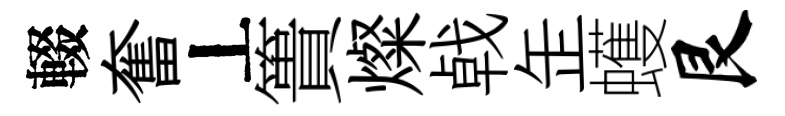
輟奮丄簣燦㦸𦈢蠖艮